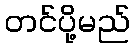
တင်ပို့မည်